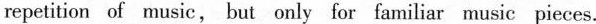
repetition of music, but only for familiar music pieces.